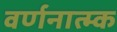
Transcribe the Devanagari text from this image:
वर्णनात्म्क